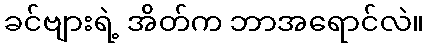
ခင်ဗျားရဲ့ အိတ်က ဘာအရောင်လဲ။